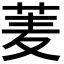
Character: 𮏀